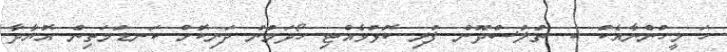
ހަ މީހުންނާއެކު ކ. ތުލުސްދޫން ފުރި ކޮޅުވެއްޓި ހޯދަމުން ދަނިކޮށް ކަނޑުމަތިން އޮޔާދާ